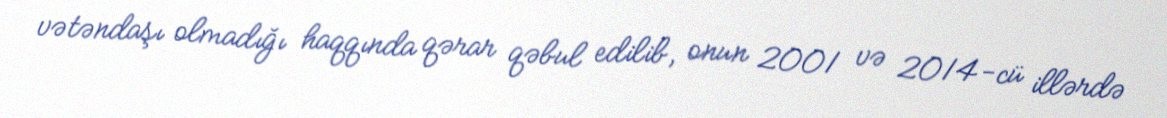
vətəndaşı olmadığı haqqında qərar qəbul edilib, onun 2001 və 2014-cü illərdə